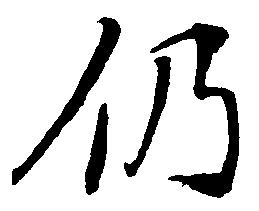
仍